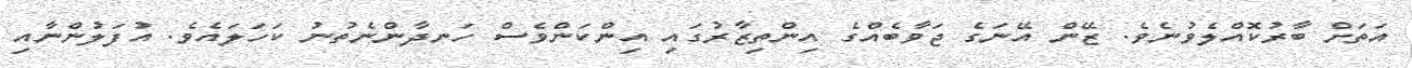
އަތަށް ބާރުކޮއްލެވުނެވެ. ޒޭން އޭނަގެ ޖަވާބެއްގެ އިންތިޒާރުގައި އިންކަންވެސް ހަނދާންނެތުނު ކަހަލައެވެ. އުފަލުންނާއި